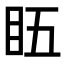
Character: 𥄬